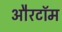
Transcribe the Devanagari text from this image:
औरटॉम